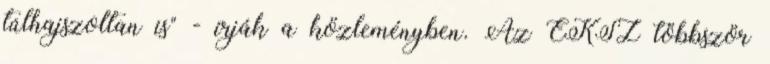
túlhajszoltan is" - írják a közleményben. Az EKSZ többször